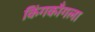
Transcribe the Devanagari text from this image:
किंगकाँगला